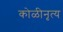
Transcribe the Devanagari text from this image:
कोळीनृत्य